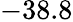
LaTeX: -38.8